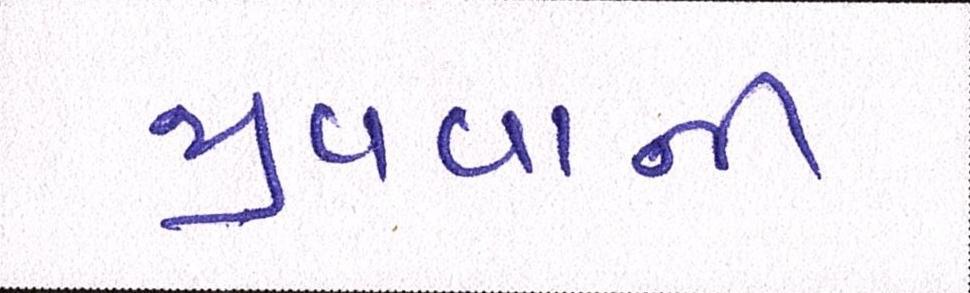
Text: જીવવાની